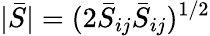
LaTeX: |\bar{S}|=(2\bar{S}_{ij}\bar{S}_{ij})^{1/2}